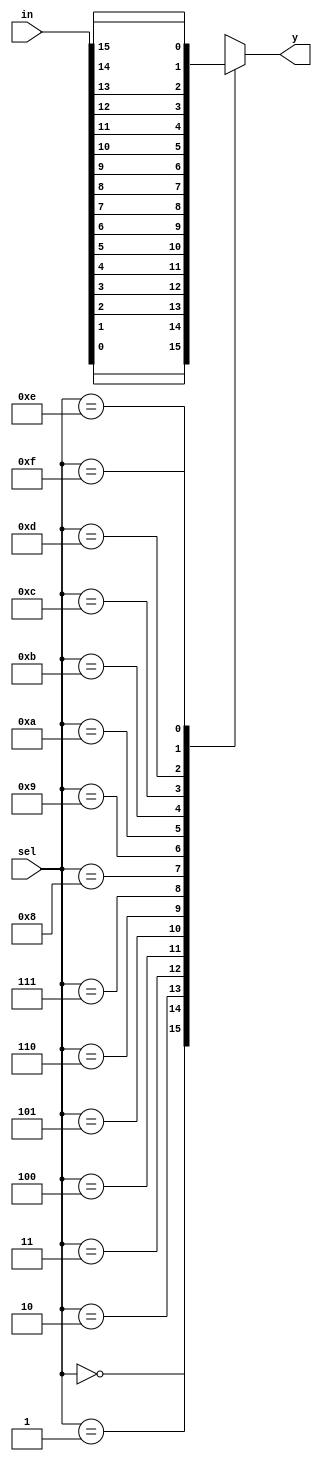
`timescale 1ns / 1ps
module n_1mux(in,sel,y);
parameter n=16;
input [n-1:0] in;
input [3:0] sel;
output reg y;

always @(in or sel)
begin
case(sel)
4'b0000: y= in[0];
4'b0001: y= in[1];
4'b0010: y= in[2];
4'b0011: y= in[3];
4'b0100: y= in[4];
4'b0101: y= in[5];
4'b0110: y= in[6];
4'b0111: y= in[7];
4'b1000: y= in[8];
4'b1001: y= in[9];
4'b1010: y= in[10];
4'b1011: y= in[11];
4'b1100: y= in[12];
4'b1101: y= in[13];
4'b1110: y= in[14];
4'b1111: y= in[n-1];
default: y=4'b0000;
endcase
end
endmodule